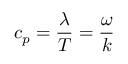
\displaystyle c _ { p } = { \frac { \lambda } { T } } = { \frac { \omega } { k } }